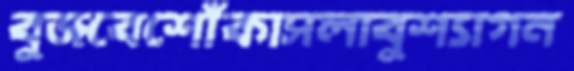
বুজবেশোঁকাসলাবুশ্যাগন